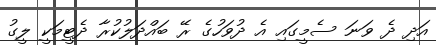
އަދި ދެ ވަނަ ސެމީގައި އެ ދުވަހުގެ ރޭ ބައްދަލުކުރާ ދެޓީމަކީ ލީގު